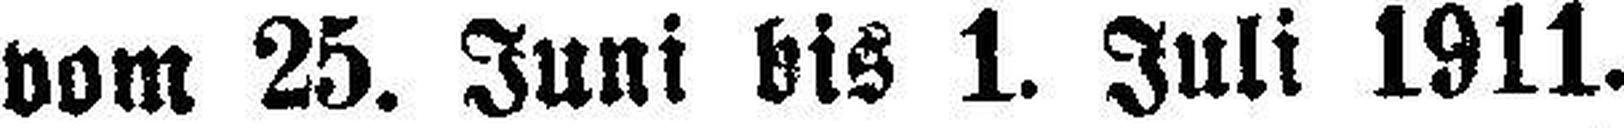
vom 25. Juni bis 1. Juli 1911.